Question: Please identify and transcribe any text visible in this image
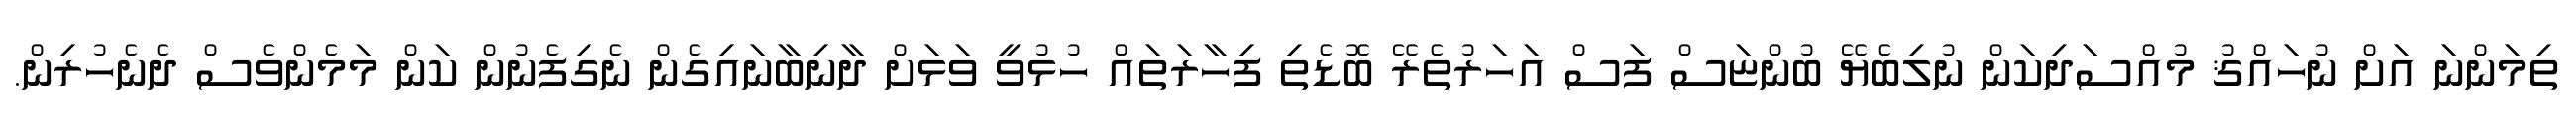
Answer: ތިމަންނަ އަށް ނުހައްޤު މުއްސަދިކަން ނުލިބެޔޭ ބުންޏަސް ފަސް އަހަރުތެރޭ ބޮޑެތި ފިހާރަތައް ހުޅުވީ ވަޅަށް ދާނިބާނައިގެން ނެގިފެނުން ކަން މަމެންވެސް ދެނެހުރިން.